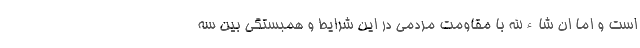
است و اما ان شاءالله با مقاومت مردمی در این شرایط و همبستگی بین سه